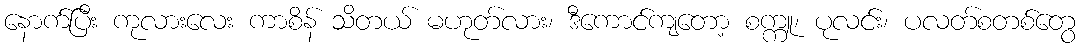
နောက်ပြီး ကုလားလေး ကာစိန် သိတယ် မဟုတ်လား၊ ဒီကောင်ကျတော့ စက္ကူ၊ ပုလင်း၊ ပလတ်စတစ်တွေ